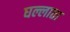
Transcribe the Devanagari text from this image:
घल्लाता